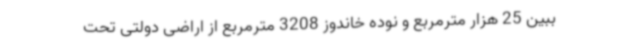
ببین 25 هزار مترمربع و نوده خاندوز 3208 مترمربع از اراضی دولتی تحت